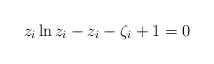
LaTeX: \begin{align*}z_i\ln z_i-z_i-\zeta_i +1=0\end{align*}